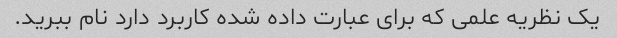
یک نظریه علمی که برای عبارت داده شده کاربرد دارد نام ببرید.